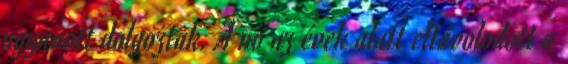
ugyanott dolgoztak. A nő az évek alatt eltávolodott a